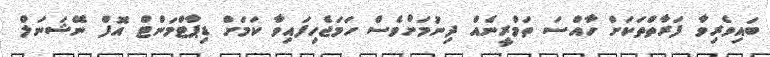
ބައިވެރިވާ ފަރާތްތަކަށް ހާއްސަ ތަމްރީނެއް ދިނުމަށްވެސް ހަމަޖެހިފައިވާ ކަމަށް ޑިޕާޓްމަންޓް އޮފް ނޭޝަނަލް